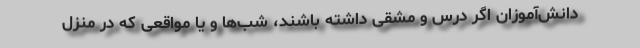
دانش‌آموزان اگر درس و مشقی داشته باشند، شب‌ها و یا مواقعی که در منزل